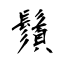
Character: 鬚